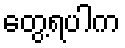
တွေ့ရပါက